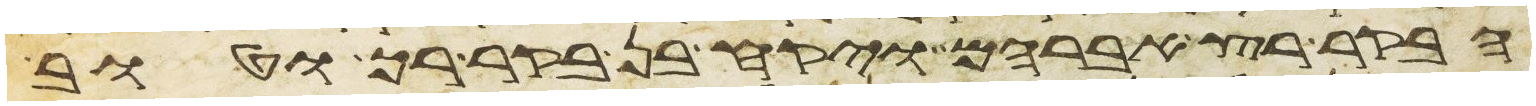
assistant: הבקר רץ אברהם ויקח בן בקר רך וטוב